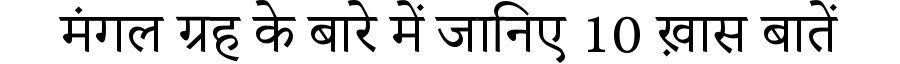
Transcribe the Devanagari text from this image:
मंगल ग्रह के बारे में जानिए 10 ख़ास बातें